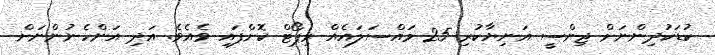
ކުޑަކުދިންނަށް ޖިންސީ އަނިޔާކުރި 25 މައްސަލައެއް ރިޕޯޓް ކޮށްފައި ވެއެވެ. އަދި އަންހެނުންނަށް